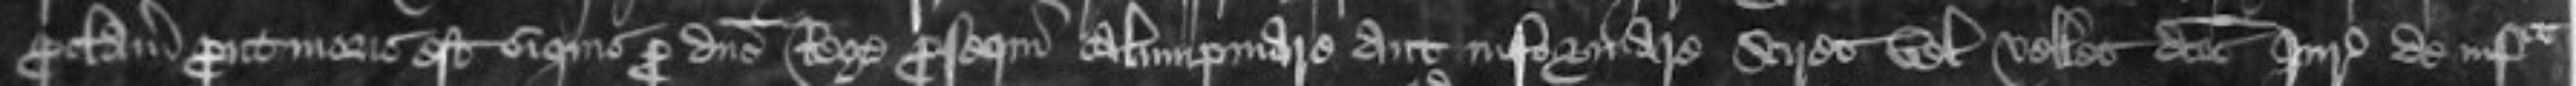
proclamacione prout moris est si quis pro domino Rege prosequi calumpniare aut informare sciret vel vellet dictos Juratores de infra